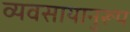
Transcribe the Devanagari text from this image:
व्यवसायानुरूप